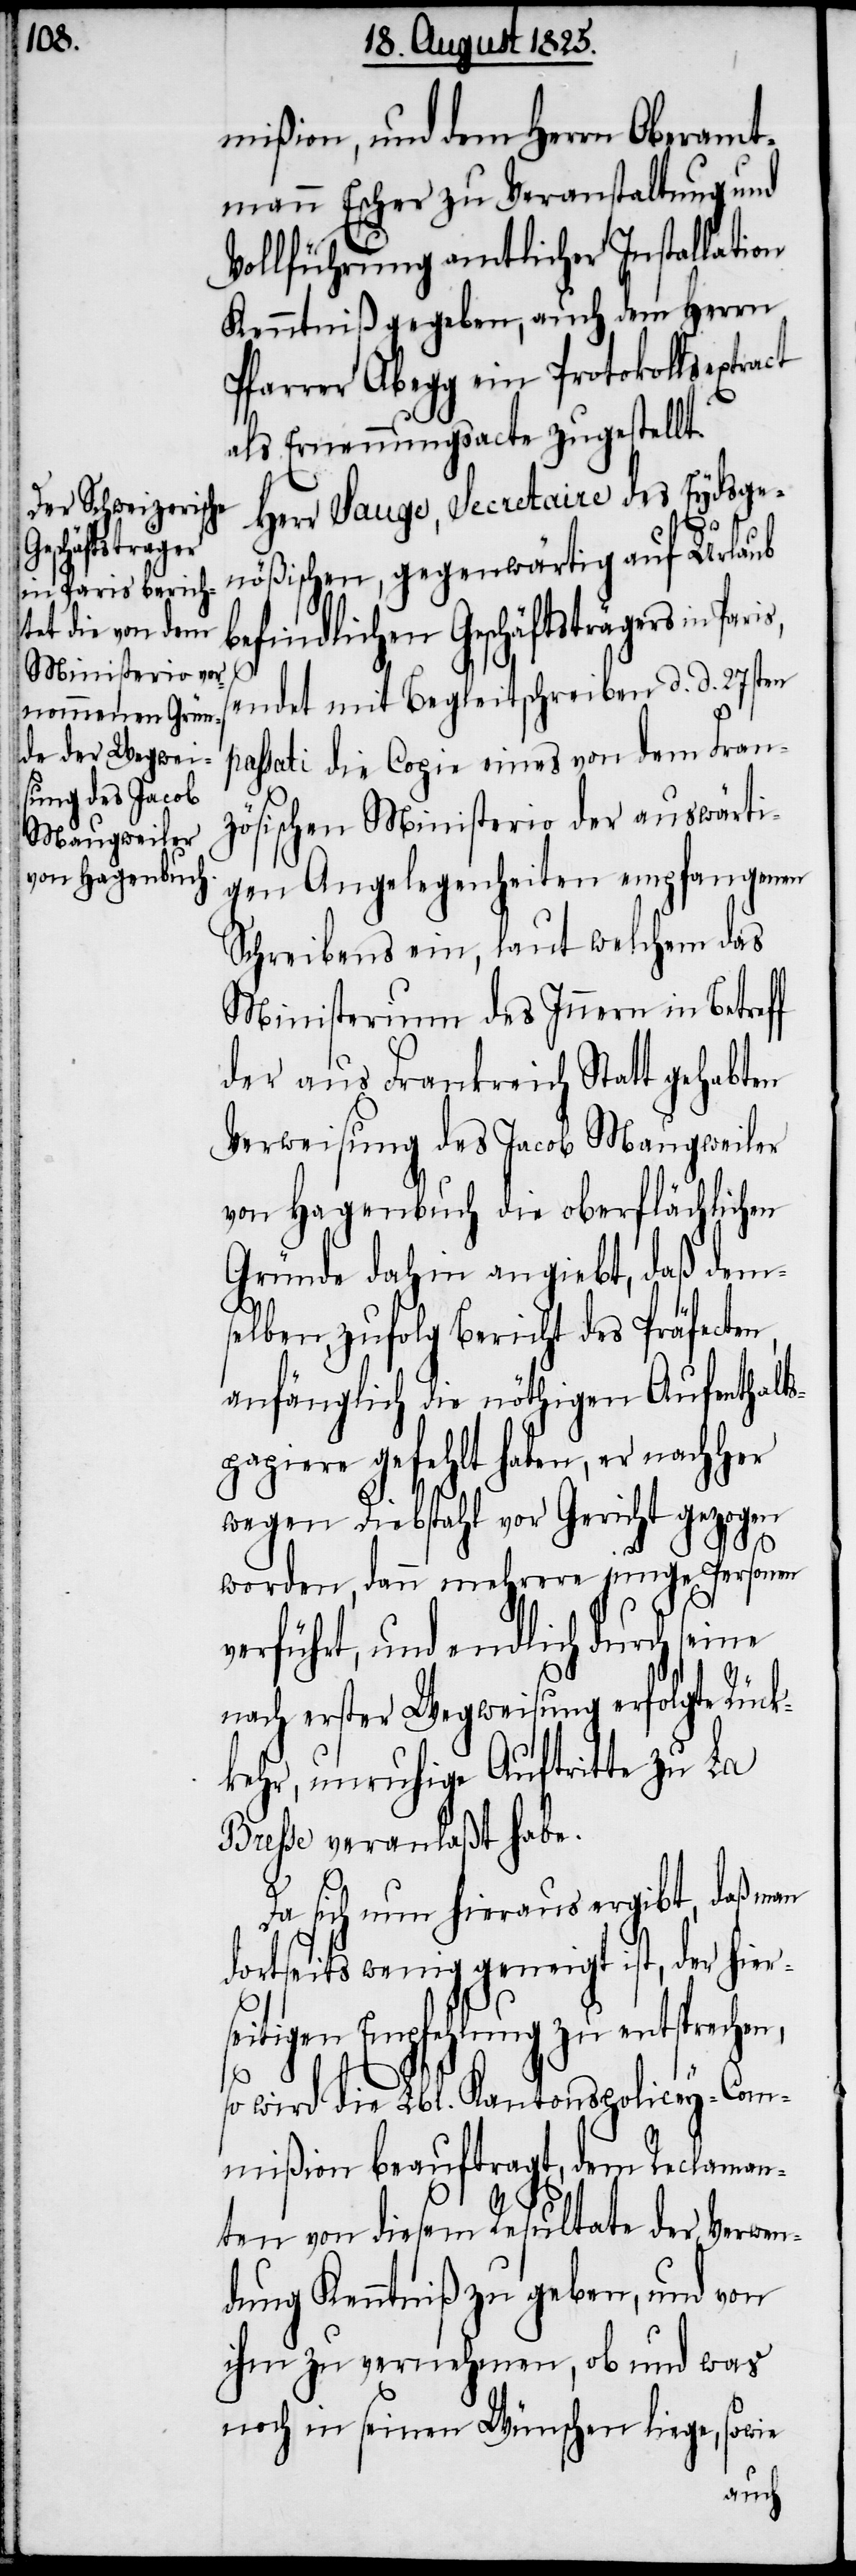
mißion, und dem Herrn Oberamt¬
mann Escher zu Veranstaltung und
Vollführung amtlicher Installation
Kenntniß gegeben, auch dem Herrn
Pfarrer Abegg ein Protokollsextract
als Ernennungsacte zugestellt.
Herr Sauge, Secretaire des Eydsge¬
nößischen, gegenwärtig auf Urlaub
befindlichen Geschäftsträgers in
sendet mit Begleitschreiben d. d. 27sten
passati die Copie eines von dem Fran¬
zösischen Ministerio der auswärti¬
gen Angelegenheiten empfangenen
Schreibens ein, laut welchem das
Ministerium des Innern in Betreff
der aus Frankreich Stattt
Verweisung des Jacob Maugweiler
von Hagenbuch die oberflächlichen
Gründe dahin angiebt, daß dem¬
selben, zufolg Bericht des Präfecten,
anfänglich die nöthigen Aufenthalt¬
spapiere gefehlt haben, er nachher
wegen Diebstahl vor Gericht gezogen
worden, dann mehrere junge Personen
verführt, und endlich durch seine
nach erster Wegweisung erfolgte Rück¬
kehr, unruhige Auftritte zu La
Bresse veranlaßt habe.
Da sich nun hieraus ergibt, daß man
dortseits wenig geneigt ist, der hier¬
seitigen Empfehlung zu entsprechen,
so wird die Lbl. Kantonspolicey-Com¬
mißion beauftragt, dem Reclaman¬
ten von diesem Resultate der Verwen¬
dung Kenntniß zu geben, und von
ihm zu vernehmen, ob und was
noch in seinen Wünschen liege, sowie